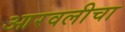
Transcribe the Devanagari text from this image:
आरवलीचा